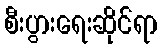
စီးပွားရေးဆိုင်ရာ